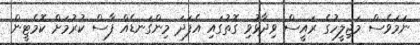
ނަމަވެސް މަޖިލީހުގެ ރައީސް ވިދާޅުވި ގޮތުގައި އެފަދަ މިންގަނޑެއް ފާސް ކުރުމަށް ކޮމެޓީން